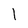
Character: 1